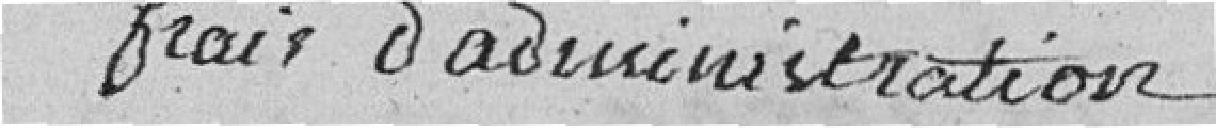
Frais d'administration